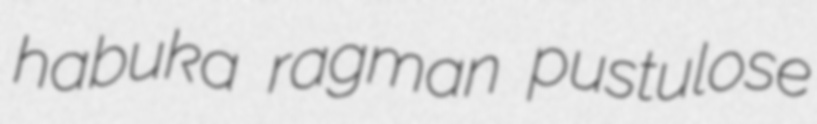
habuka ragman pustulose